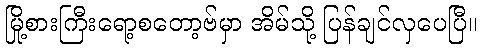
မြို့စားကြီးရော့စတော့ဗ်မှာ အိမ်သို့ ပြန်ချင်လှပေပြီ။